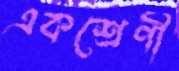
একশ্রেণী